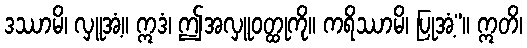
ဒဿာမိ၊ လှူအံ့။ ဣဒံ၊ ဤအလှူဝတ္ထုကို။ ကရိဿာမိ၊ ပြုအံ့”။ ဣတိ၊